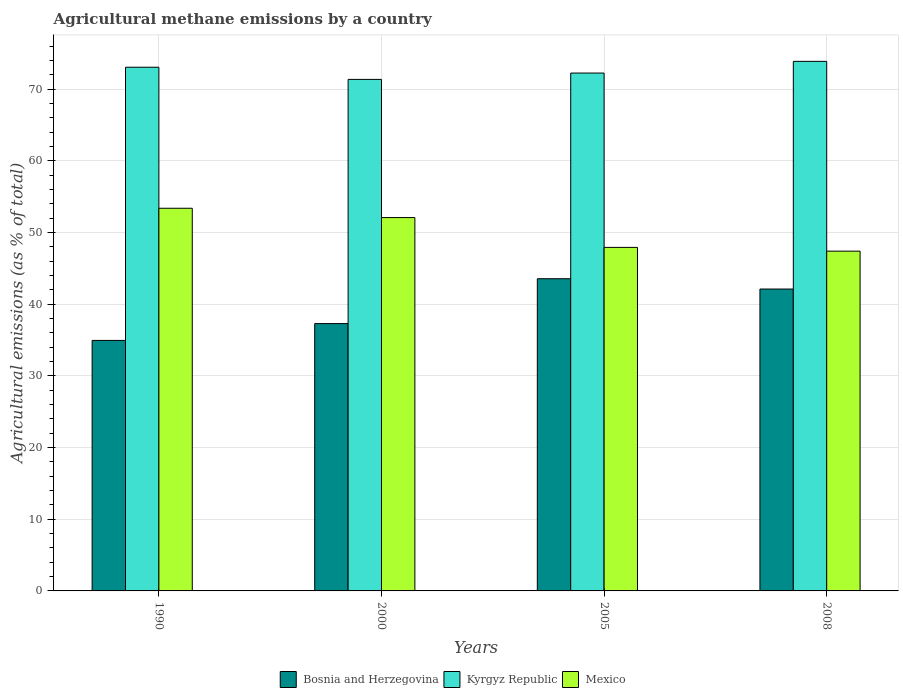
| Years | Bosnia and Herzegovina | Kyrgyz Republic | Mexico |
 | --- | --- | --- | --- |
 | 1990 | 35 | 73.1 | 53.4 |
 | 2000 | 37.3 | 71.4 | 52.1 |
 | 2005 | 43.6 | 72.3 | 47.9 |
 | 2008 | 42.1 | 73.9 | 47.4 |